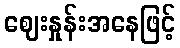
ဈေးနှုန်းအနေဖြင့်